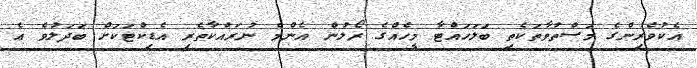
އެކުވެރިންގެ މަސްތުވާތަކެތި ބަލަހައްޓާ މީހެއްގެ ރޯލުން އެންމެ ނުރައްކާތެރި އެޑިކްޓަކަށް ބަދަލުވެ އެ